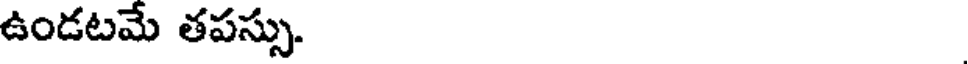
ఉండటమే తపస్సు.